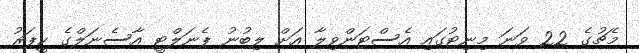
މެޗުގެ 22 ވަނަ މިނިޓުގައި އެސްޓަންވިލާ އަށް ލިބުނު ޕެނަލްޓީ އާސެނަލްގެ ކީޕަރު